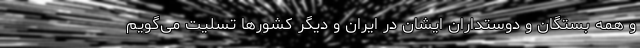
و همه بستگان و دوستداران ایشان در ایران و دیگر کشورها تسلیت می‌گویم